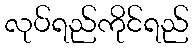
လုပ်ရည်ကိုင်ရည်